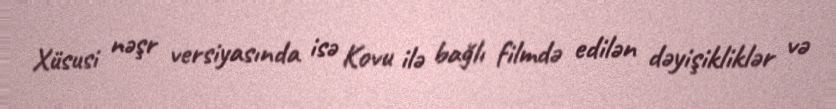
Xüsusi nəşr versiyasında isə Kovu ilə bağlı filmdə edilən dəyişikliklər və